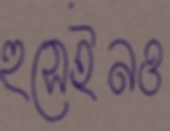
হুসেইনও